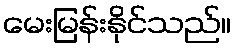
မေးမြန်းနိုင်သည်။